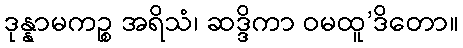
ဒုန္နာမကဉ္စ အရိသံ၊ ဆဒ္ဒိကာ ဝမထူ’ဒိတော။